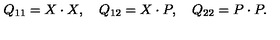
Q _ { 1 1 } = X \cdot X , \quad Q _ { 1 2 } = X \cdot P , \quad Q _ { 2 2 } = P \cdot P .